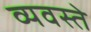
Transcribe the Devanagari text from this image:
व्यवस्ते